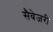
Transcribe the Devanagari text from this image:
सैवेजरी